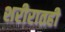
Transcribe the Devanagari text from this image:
शरीरातही